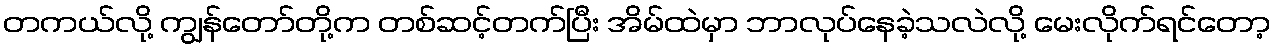
တကယ်လို့ ကျွန်တော်တို့က တစ်ဆင့်တက်ပြီး အိမ်ထဲမှာ ဘာလုပ်နေခဲ့သလဲလို့ မေးလိုက်ရင်တော့